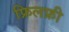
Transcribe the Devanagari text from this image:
फ्रिलफ्री